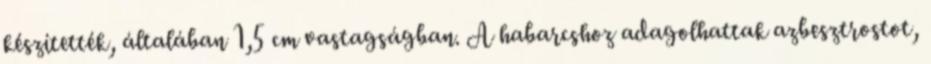
készítették, általában 1,5 cm vastagságban. A habarcshoz adagolhattak azbesztrostot,